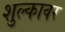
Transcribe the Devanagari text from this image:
शुल्कावर